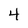
Character: 4